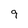
Character: 9